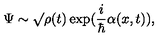
\Psi \sim \surd \rho ( t ) \exp ( \frac { i } { \hbar } \alpha ( x , t ) ) ,